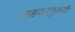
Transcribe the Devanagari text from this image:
सहजानुकंपी